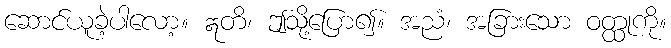
ဆောင်ယူခဲ့ပါလော့။ ဣတိ၊ ဤသို့ပြော၍။ အညံ၊ အခြားသော ဝတ္ထုကို။